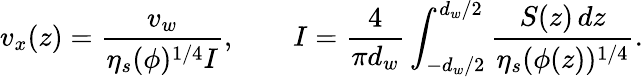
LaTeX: v_{x}(z)=\frac{v_{w}}{\eta_{s}(\phi)^{1/4}I},\qquad I=\frac{4}{\pi d_{w}}\int_{-d_{w}/2}^{d_{w}/2}\frac{S(z)\, dz}{\eta_{s}(\phi(z))^{1/4}}.